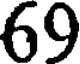
69